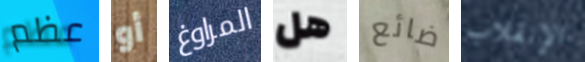
عظم أو المراوغ هل ضائع الإنقلاب